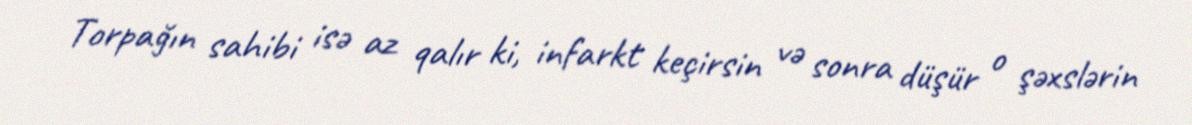
Torpağın sahibi isə az qalır ki, infarkt keçirsin və sonra düşür o şəxslərin